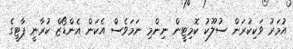
އުމަރު ވަކިކުރަން ސުލޫކު ކޮމިޓީން ނިންމި ނަމަވެސް އެކަން އެންޑޯޒް ކުރާނީ ޕާޓީގެ